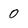
Character: 0